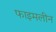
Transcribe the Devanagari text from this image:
फाइमलीन